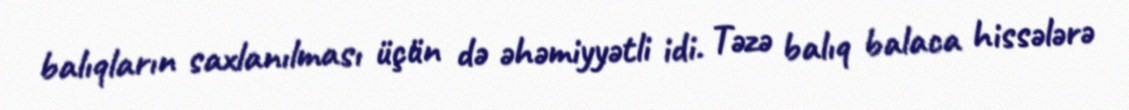
balıqların saxlanılması üçün də əhəmiyyətli idi. Təzə balıq balaca hissələrə